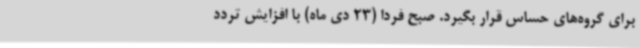
برای گروه‌های حساس قرار بگیرد. صبح فردا (23 دی ماه) با افزایش تردد